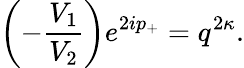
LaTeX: \left(-\frac{V_{1}}{V_{2}}\right)e^{2ip_{+}}=q^{2\kappa}.